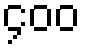
၄၀၀